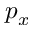
p _ { x }